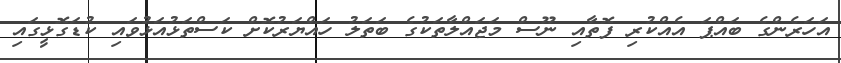
އަހަރެންގެ ބައްޕަ އެއްކުރި ފޮތާއި ނޫސް މަޖައްލާތަކުގެ ބަތަލު ހައްޔަރުކޮށް ކަސްތަޅުއަޅުވައި ކުޑަގޮޅީގައި